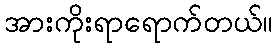
အားကိုးရာရောက်တယ်။